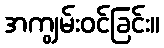
အကျွမ်းဝင်ခြင်း။